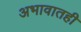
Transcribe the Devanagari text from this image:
अभावातही